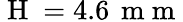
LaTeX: \mathrm{~H~}=4.6\, \mathrm{~m~m~}